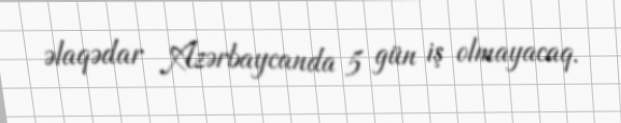
əlaqədar Azərbaycanda 5 gün iş olmayacaq.